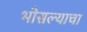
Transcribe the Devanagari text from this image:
भोसल्याचा